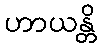
ဟာယန္တိ